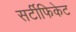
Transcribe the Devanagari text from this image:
सर्टीफिकेट